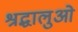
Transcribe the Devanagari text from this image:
श्रद्धालुओ